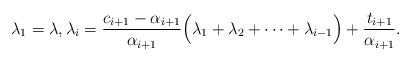
LaTeX: \begin{align*} \lambda_1 = \lambda, \lambda_i = \frac{c_{i+1} - \alpha_{i+1} }{ \alpha_{i+1}} \Big( \lambda_1 + \lambda_2 + \cdots + \lambda_{i-1} \Big) + \frac{t_{i+1} }{ \alpha_{i+1}}.\end{align*}